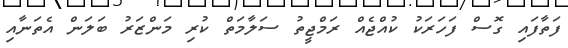
ފަތާފައި ގޮސް ފަހަރަކު ކުއްޖެއް ރަމްޖީތު ސަލާމަތް ކުރި މަންޒަރު ބަލަން އެތަނާއި